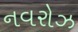
નવરોઝ